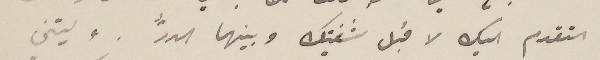
التقدم اليك لاقبل شفتيك وبينهما الدرُّ . وليتني